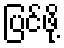
ပြင်ဖို့